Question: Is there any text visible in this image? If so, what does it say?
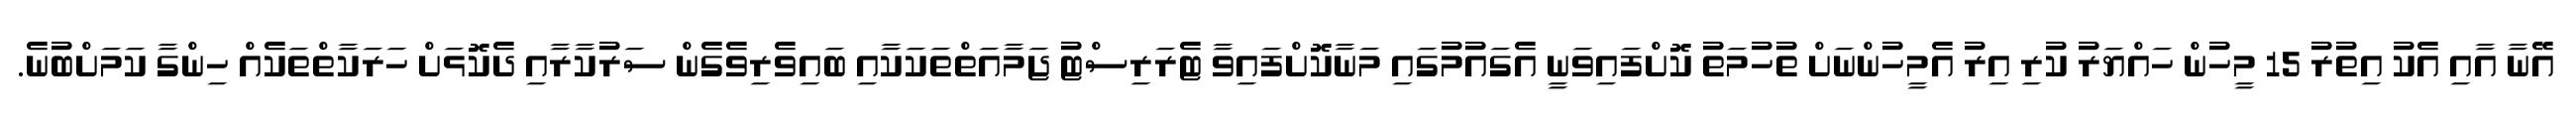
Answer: އޭނާ އާއި އެކު އިތުރު 15 މީހުން ހައްޔަރު ކުރި އިރު އެމީހުންނަށް ތުހުމަތު ކޮށްފައިވަނީ އެގައުމުގައި މަނާކޮށްފައިވާ ޓެރަރިސްޓު ޖަމާއަތްތަކަކާއި ބައިވެރިވެގެން ސަރުކާރާއި ދެކޮޅަށް ހަރަކާތްތަކެއް ހިންގާ ކަމަށްބުނެ.